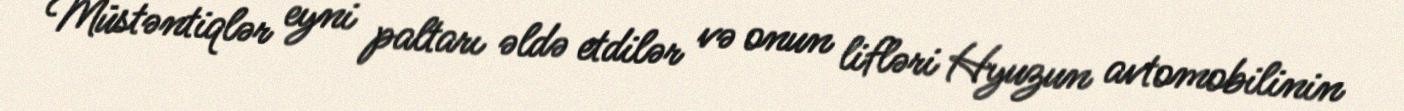
Müstəntiqlər eyni paltarı əldə etdilər və onun lifləri Hyuzun avtomobilinin